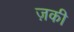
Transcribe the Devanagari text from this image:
ज़की